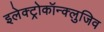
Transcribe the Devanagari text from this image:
इलेक्ट्रोकॉन्क्लुजिव